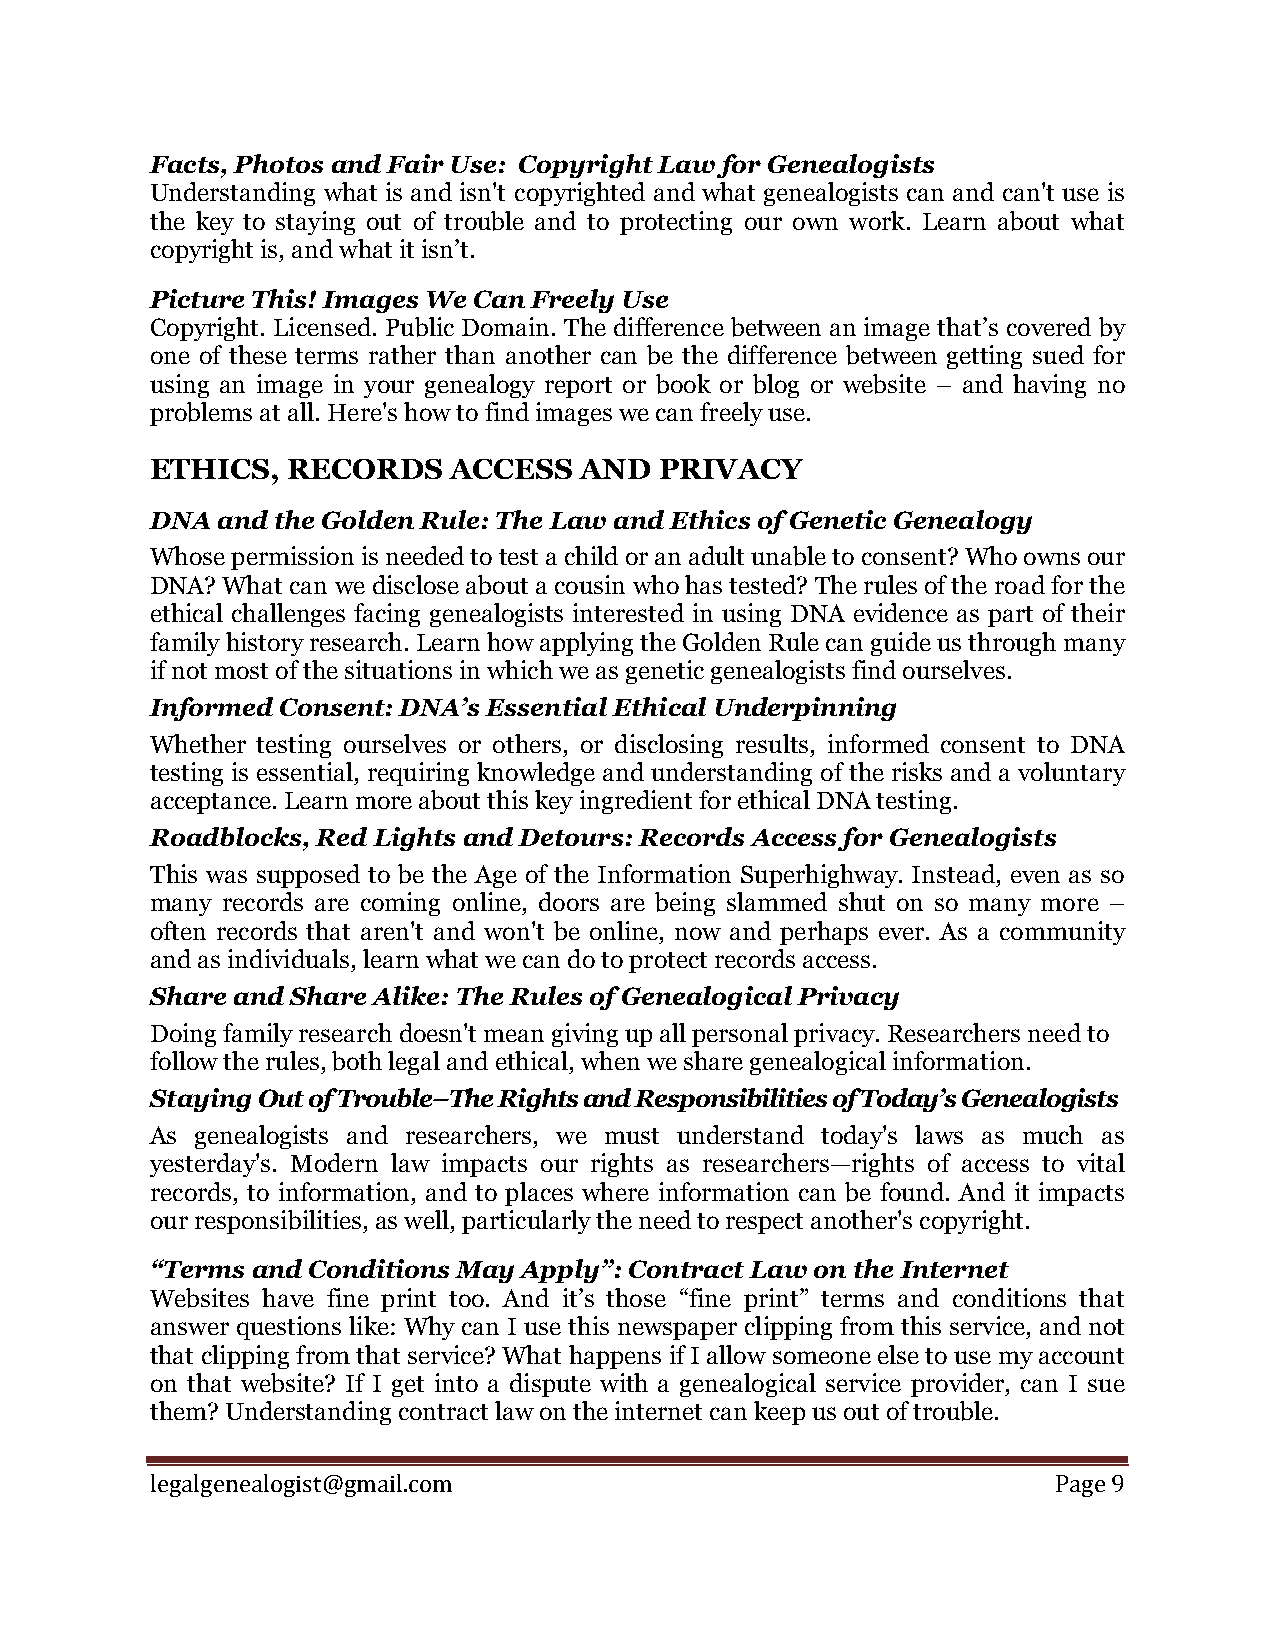
Facts, Photos and Fair Use: Copyright Law for Genealogists
 Understanding what is and isn't copyrighted and what genealogists can and can't use is
 the key to staying out of trouble and to protecting our own work. Learn about what
 copyright is, and what it isn’t.
 Picture This! Images We Can Freely Use
 Copyright. Licensed. Public Domain. The difference between an image that’s covered by
 one of these terms rather than another can be the difference between getting sued for
 using an image in your genealogy report or book or blog or website – and having no
 problems at all. Here's how to find images we can freely use.
 ETHICS,  RECORDS    ACCESS  AND   PRIVACY
 DNA and the Golden Rule: The Law and Ethics of Genetic Genealogy
 Whose permission is needed to test a child or an adult unable to consent? Who owns our
 DNA? What can we disclose about a cousin who has tested? The rules of the road for the
 ethical challenges facing genealogists interested in using DNA evidence as part of their
 family history research. Learn how applying the Golden Rule can guide us through many
 if not most of the situations in which we as genetic genealogists find ourselves.
 Informed Consent: DNA’s Essential Ethical Underpinning
 Whether testing ourselves or others, or disclosing results, informed consent to DNA
 testing is essential, requiring knowledge and understanding of the risks and a voluntary
 acceptance. Learn more about this key ingredient for ethical DNA testing.
 Roadblocks, Red Lights and Detours: Records Access for Genealogists
 This was supposed to be the Age of the Information Superhighway. Instead, even as so
 many records are coming online, doors are being slammed shut on so many more –
 often records that aren't and won't be online, now and perhaps ever. As a community
 and as individuals, learn what we can do to protect records access.
 Share and Share Alike: The Rules of Genealogical Privacy
 Doing family research doesn't mean giving up all personal privacy. Researchers need to
 follow the rules, both legal and ethical, when we share genealogical information.
 Staying Out of Trouble–The Rights and Responsibilities of Today’s Genealogists
 As genealogists and researchers, we must understand today's laws as much as
 yesterday's. Modern law impacts our rights as researchers—rights of access to vital
 records, to information, and to places where information can be found. And it impacts
 our responsibilities, as well, particularly the need to respect another's copyright.
 “Terms and Conditions May Apply”: Contract Law on the Internet
 Websites have fine print too. And it’s those “fine print” terms and conditions that
 answer questions like: Why can I use this newspaper clipping from this service, and not
 that clipping from that service? What happens if I allow someone else to use my account
 on that website? If I get into a dispute with a genealogical service provider, can I sue
 them? Understanding contract law on the internet can keep us out of trouble.
 l egalgenealogist@gmail.com                                 Page 9